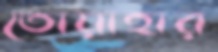
তোয়াহার